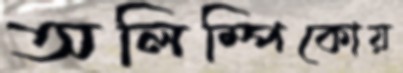
অলিম্পিকোয়